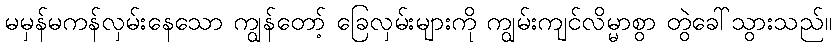
မမှန်မကန်လှမ်းနေသော ကျွန်တော့် ခြေလှမ်းများကို ကျွမ်းကျင်လိမ္မာစွာ တွဲခေါ်သွားသည်။